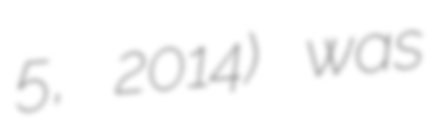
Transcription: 5, 2014) was